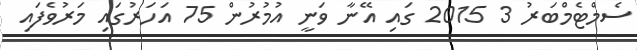
ސެމްޓެމްބަރު 3 2015 ގައި އޭނާ ވަނީ އުމުރުން 75 އަހަރުގައި މަރުވެފައި